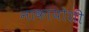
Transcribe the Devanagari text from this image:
नाकायोशी